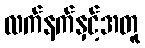
လက်နက်နှင့်အတူ